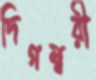
দিগম্বরী